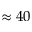
\approx 4 0